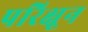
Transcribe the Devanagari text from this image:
परिक्षून